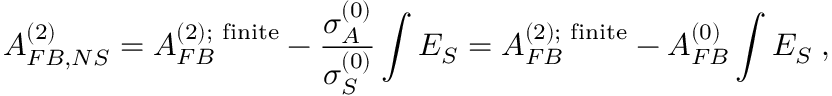
A _ { F B , N S } ^ { ( 2 ) } = A _ { F B } ^ { ( 2 ) ; \mathrm { \footnotesize ~ f i n i t e } } - \frac { \sigma _ { A } ^ { ( 0 ) } } { \sigma _ { S } ^ { ( 0 ) } } \int E _ { S } = A _ { F B } ^ { ( 2 ) ; \mathrm { \footnotesize ~ f i n i t e } } - A _ { F B } ^ { ( 0 ) } \int E _ { S } \; ,